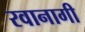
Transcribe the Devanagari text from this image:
रवानागी